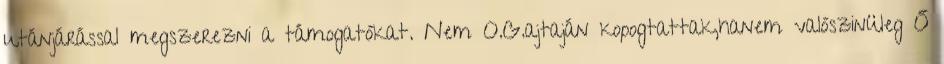
utánjárással megszerezni a támogatókat. Nem O.G.ajtaján kopogtattak,hanem valószinüleg Ő